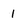
Character: 1